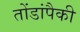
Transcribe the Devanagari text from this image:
तोंडांपैकी